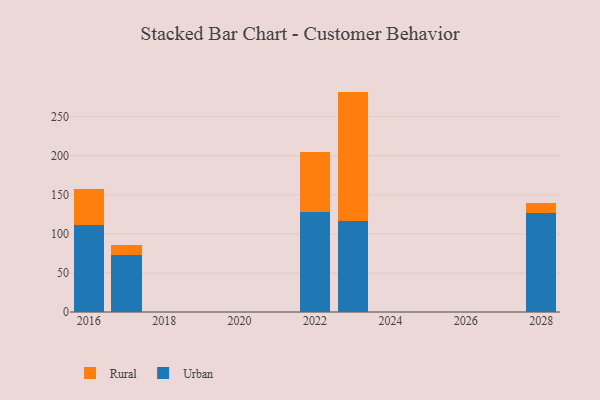
{"axis": {"x": "Year", "y": "Demand Index"}, "legend": ["Rural", "Urban"], "data": [{"x": "2028", "y": 126.4, "type": "Urban"}, {"x": "2028", "y": 12.6, "type": "Rural"}, {"x": "2022", "y": 128.1, "type": "Urban"}, {"x": "2022", "y": 76.7, "type": "Rural"}, {"x": "2017", "y": 72.9, "type": "Urban"}, {"x": "2017", "y": 12.4, "type": "Rural"}, {"x": "2016", "y": 111.0, "type": "Urban"}, {"x": "2016", "y": 46.6, "type": "Rural"}, {"x": "2023", "y": 116.2, "type": "Urban"}, {"x": "2023", "y": 165.9, "type": "Rural"}]}